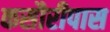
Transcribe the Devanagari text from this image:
कसौरीपास